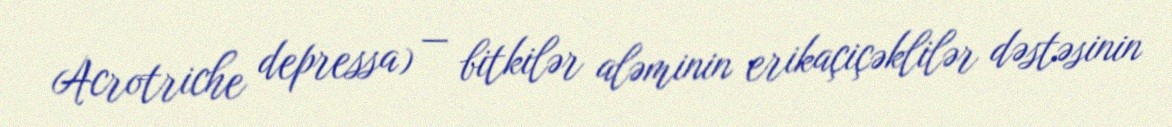
Acrotriche depressa) — bitkilər aləminin erikaçiçəklilər dəstəsinin